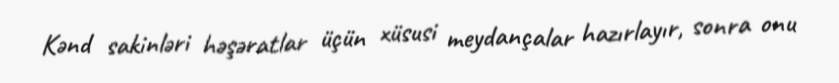
Kənd sakinləri həşəratlar üçün xüsusi meydançalar hazırlayır, sonra onu